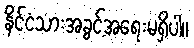
နိင်ငံသားအခွင့်အရေးမရှိပါ။